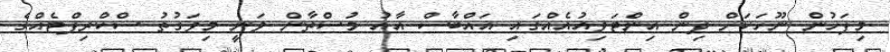
މިފަހުން ނޫހަކަށް ދިން އިންޓަވިއުއެއްގައި އައްބާސް އާއު މުސްތާން ވަނީ މިވަގުތު ސްކްރިޕްޓެއްގެ